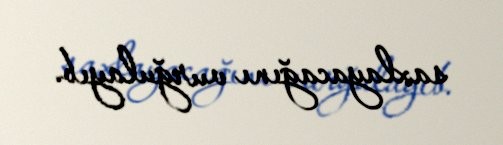
saxlayacağını vurğulayıb.